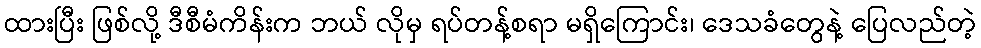
ထားပြီး ဖြစ်လို့ ဒီစီမံကိန်းက ဘယ် လိုမှ ရပ်တန့်စရာ မရှိကြောင်း၊ ဒေသခံတွေနဲ့ ပြေလည်တဲ့